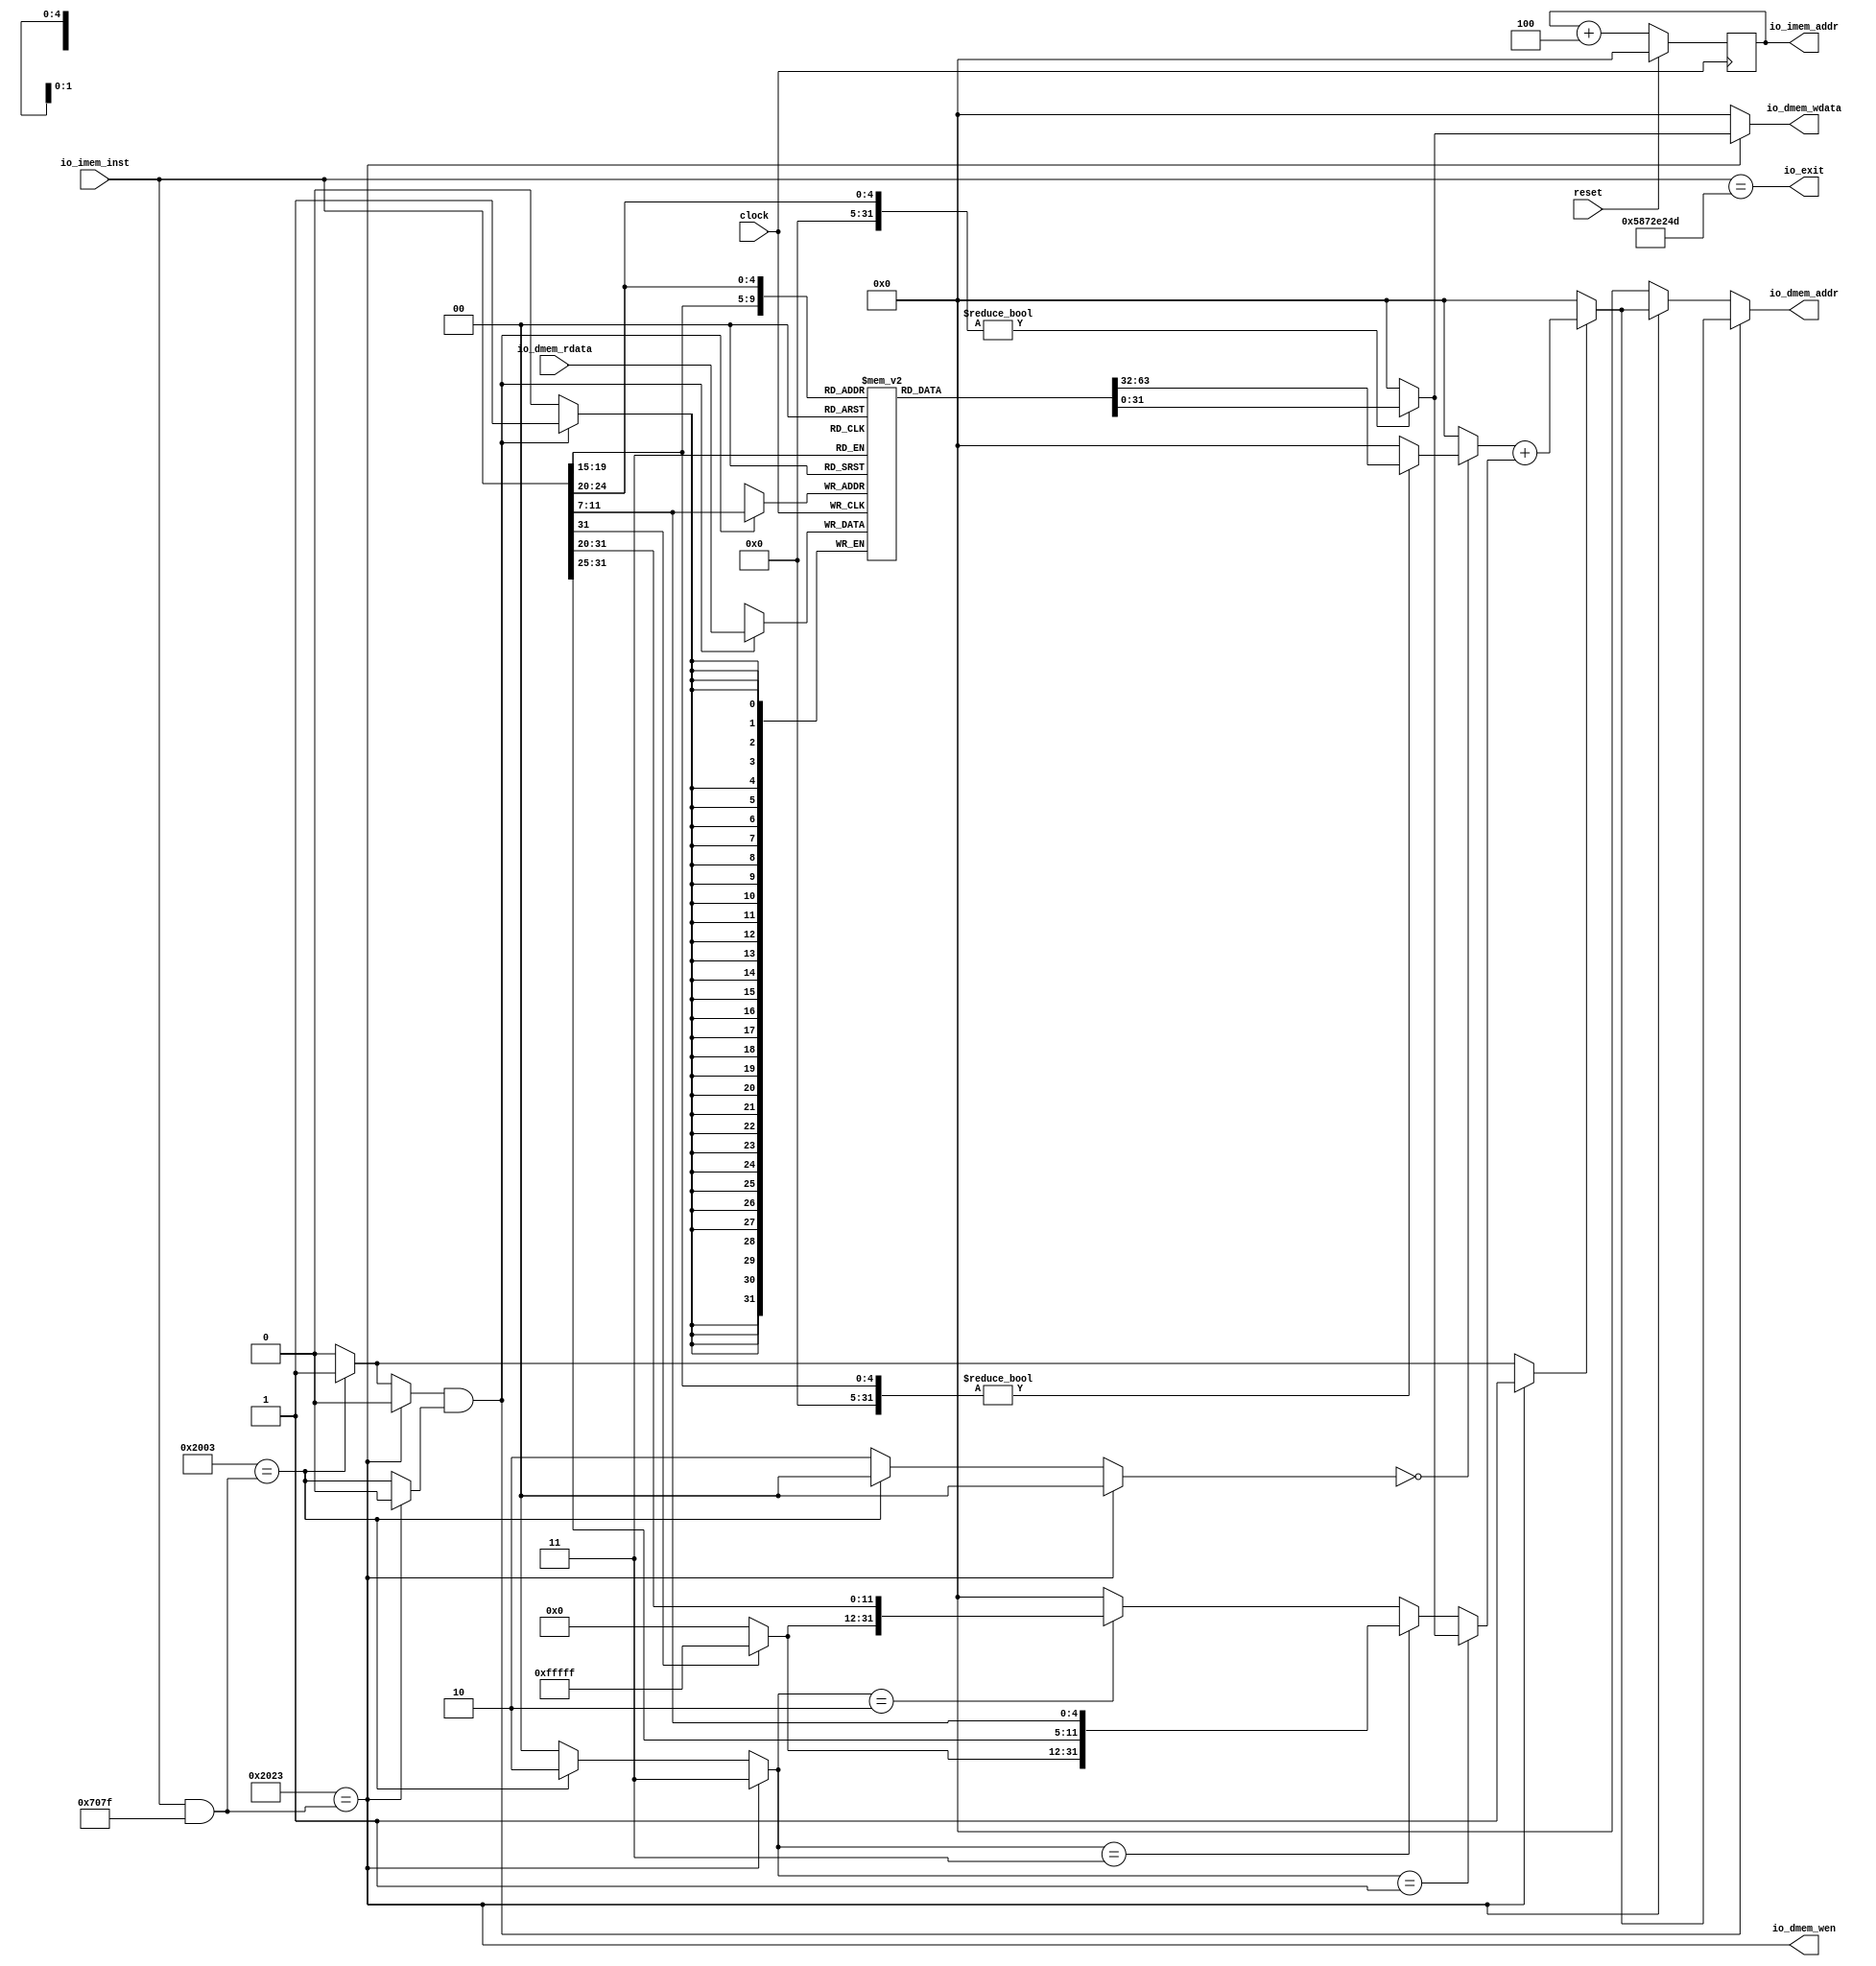
module Core(
  input         clock,
  input         reset,
  output [31:0] io_dmem_addr,
  input  [31:0] io_dmem_rdata,
  output        io_dmem_wen,
  output [31:0] io_dmem_wdata,
  output [31:0] io_imem_addr,
  input  [31:0] io_imem_inst,
  output        io_exit
);
`ifdef RANDOMIZE_MEM_INIT
  reg [31:0] _RAND_0;
`endif // RANDOMIZE_MEM_INIT
`ifdef RANDOMIZE_REG_INIT
  reg [31:0] _RAND_1;
`endif // RANDOMIZE_REG_INIT
  reg [31:0] regfile [0:31]; // @[Core.scala 15:22]
  wire  regfile_rs1_data_MPORT_en; // @[Core.scala 15:22]
  wire [4:0] regfile_rs1_data_MPORT_addr; // @[Core.scala 15:22]
  wire [31:0] regfile_rs1_data_MPORT_data; // @[Core.scala 15:22]
  wire  regfile_rs2_data_MPORT_en; // @[Core.scala 15:22]
  wire [4:0] regfile_rs2_data_MPORT_addr; // @[Core.scala 15:22]
  wire [31:0] regfile_rs2_data_MPORT_data; // @[Core.scala 15:22]
  wire [31:0] regfile_MPORT_data; // @[Core.scala 15:22]
  wire [4:0] regfile_MPORT_addr; // @[Core.scala 15:22]
  wire  regfile_MPORT_mask; // @[Core.scala 15:22]
  wire  regfile_MPORT_en; // @[Core.scala 15:22]
  reg [31:0] pc_reg; // @[Core.scala 18:25]
  wire [31:0] _pc_reg_T_1 = pc_reg + 32'h4; // @[Core.scala 23:23]
  wire [4:0] rs1_addr = io_imem_inst[19:15]; // @[Core.scala 29:24]
  wire [4:0] rs2_addr = io_imem_inst[24:20]; // @[Core.scala 30:24]
  wire [31:0] _GEN_9 = {{27'd0}, rs1_addr}; // @[Core.scala 31:34]
  wire [31:0] rs1_data = _GEN_9 != 32'h0 ? regfile_rs1_data_MPORT_data : 32'h0; // @[Core.scala 31:23]
  wire [31:0] _GEN_10 = {{27'd0}, rs2_addr}; // @[Core.scala 32:34]
  wire [31:0] rs2_data = _GEN_10 != 32'h0 ? regfile_rs2_data_MPORT_data : 32'h0; // @[Core.scala 32:23]
  wire [11:0] imm_s = {io_imem_inst[31:25],io_imem_inst[11:7]}; // @[Cat.scala 31:58]
  wire [19:0] _imm_s_sext_T_2 = imm_s[11] ? 20'hfffff : 20'h0; // @[Bitwise.scala 74:12]
  wire [31:0] imm_s_sext = {_imm_s_sext_T_2,io_imem_inst[31:25],io_imem_inst[11:7]}; // @[Cat.scala 31:58]
  wire [11:0] imm_i = io_imem_inst[31:20]; // @[Core.scala 35:21]
  wire [19:0] _imm_i_sext_T_2 = imm_i[11] ? 20'hfffff : 20'h0; // @[Bitwise.scala 74:12]
  wire [31:0] imm_i_sext = {_imm_i_sext_T_2,imm_i}; // @[Cat.scala 31:58]
  wire [31:0] _csignals_T = io_imem_inst & 32'h707f; // @[Lookup.scala 31:38]
  wire  csignals_3 = 32'h2023 == _csignals_T; // @[Lookup.scala 31:38]
  wire  _csignals_T_3 = 32'h2003 == _csignals_T; // @[Lookup.scala 31:38]
  wire [4:0] _csignals_T_4 = _csignals_T_3 ? 5'h1 : 5'h0; // @[Lookup.scala 34:39]
  wire [4:0] csignals_0 = csignals_3 ? 5'h1 : _csignals_T_4; // @[Lookup.scala 34:39]
  wire [1:0] _csignals_T_5 = _csignals_T_3 ? 2'h0 : 2'h2; // @[Lookup.scala 34:39]
  wire [1:0] csignals_1 = csignals_3 ? 2'h0 : _csignals_T_5; // @[Lookup.scala 34:39]
  wire [1:0] _csignals_T_6 = _csignals_T_3 ? 2'h2 : 2'h0; // @[Lookup.scala 34:39]
  wire [1:0] csignals_2 = csignals_3 ? 2'h3 : _csignals_T_6; // @[Lookup.scala 34:39]
  wire  csignals_4 = csignals_3 ? 1'h0 : _csignals_T_3; // @[Lookup.scala 34:39]
  wire [2:0] _csignals_T_9 = _csignals_T_3 ? 3'h1 : 3'h0; // @[Lookup.scala 34:39]
  wire [2:0] csignals_5 = csignals_3 ? 3'h0 : _csignals_T_9; // @[Lookup.scala 34:39]
  wire  _op1_data_T = csignals_1 == 2'h0; // @[Core.scala 50:18]
  wire [31:0] op1_data = _op1_data_T ? rs1_data : 32'h0; // @[Mux.scala 101:16]
  wire  _op2_data_T = csignals_2 == 2'h1; // @[Core.scala 55:22]
  wire  _op2_data_T_1 = csignals_2 == 2'h3; // @[Core.scala 56:22]
  wire  _op2_data_T_2 = csignals_2 == 2'h2; // @[Core.scala 57:22]
  wire [31:0] _op2_data_T_3 = _op2_data_T_2 ? imm_i_sext : 32'h0; // @[Mux.scala 101:16]
  wire [31:0] _op2_data_T_4 = _op2_data_T_1 ? imm_s_sext : _op2_data_T_3; // @[Mux.scala 101:16]
  wire [31:0] op2_data = _op2_data_T ? rs2_data : _op2_data_T_4; // @[Mux.scala 101:16]
  wire  _alu_out_T = csignals_0 == 5'h1; // @[Core.scala 64:22]
  wire [31:0] _alu_out_T_2 = op1_data + op2_data; // @[Core.scala 64:48]
  wire [31:0] alu_out = _alu_out_T ? _alu_out_T_2 : 32'h0; // @[Mux.scala 101:16]
  wire [31:0] _GEN_1 = csignals_3 ? alu_out : 32'h0; // @[Core.scala 21:18 69:28 71:21]
  wire  _T_1 = csignals_5 == 3'h1; // @[Core.scala 76:17]
  wire  _T_5 = ~reset; // @[Core.scala 87:11]
  assign regfile_rs1_data_MPORT_en = 1'h1;
  assign regfile_rs1_data_MPORT_addr = io_imem_inst[19:15];
  assign regfile_rs1_data_MPORT_data = regfile[regfile_rs1_data_MPORT_addr]; // @[Core.scala 15:22]
  assign regfile_rs2_data_MPORT_en = 1'h1;
  assign regfile_rs2_data_MPORT_addr = io_imem_inst[24:20];
  assign regfile_rs2_data_MPORT_data = regfile[regfile_rs2_data_MPORT_addr]; // @[Core.scala 15:22]
  assign regfile_MPORT_data = io_dmem_rdata;
  assign regfile_MPORT_addr = io_imem_inst[11:7];
  assign regfile_MPORT_mask = 1'h1;
  assign regfile_MPORT_en = _T_1 & csignals_4;
  assign io_dmem_addr = csignals_5 == 3'h1 & csignals_4 ? alu_out : _GEN_1; // @[Core.scala 76:48 77:22]
  assign io_dmem_wen = 32'h2023 == _csignals_T; // @[Lookup.scala 31:38]
  assign io_dmem_wdata = csignals_3 ? rs2_data : 32'h0; // @[Core.scala 19:19 69:28 72:23]
  assign io_imem_addr = pc_reg; // @[Core.scala 25:18]
  assign io_exit = io_imem_inst == 32'h5872e24d; // @[Core.scala 86:22]
  always @(posedge clock) begin
    if (regfile_MPORT_en & regfile_MPORT_mask) begin
      regfile[regfile_MPORT_addr] <= regfile_MPORT_data; // @[Core.scala 15:22]
    end
    if (reset) begin // @[Core.scala 18:25]
      pc_reg <= 32'h0; // @[Core.scala 18:25]
    end else begin
      pc_reg <= _pc_reg_T_1; // @[Core.scala 23:13]
    end
    `ifndef SYNTHESIS
    `ifdef PRINTF_COND
      if (`PRINTF_COND) begin
    `endif
        if (~reset) begin
          $fwrite(32'h80000002,"pc_reg : 0x%x\n",pc_reg); // @[Core.scala 87:11]
        end
    `ifdef PRINTF_COND
      end
    `endif
    `endif // SYNTHESIS
    `ifndef SYNTHESIS
    `ifdef PRINTF_COND
      if (`PRINTF_COND) begin
    `endif
        if (_T_5) begin
          $fwrite(32'h80000002,"inst : 0x%x\n",io_imem_inst); // @[Core.scala 90:11]
        end
    `ifdef PRINTF_COND
      end
    `endif
    `endif // SYNTHESIS
    `ifndef SYNTHESIS
    `ifdef PRINTF_COND
      if (`PRINTF_COND) begin
    `endif
        if (_T_5) begin
          $fwrite(32'h80000002,"--------\n"); // @[Core.scala 91:11]
        end
    `ifdef PRINTF_COND
      end
    `endif
    `endif // SYNTHESIS
  end
// Register and memory initialization
`ifdef RANDOMIZE_GARBAGE_ASSIGN
`define RANDOMIZE
`endif
`ifdef RANDOMIZE_INVALID_ASSIGN
`define RANDOMIZE
`endif
`ifdef RANDOMIZE_REG_INIT
`define RANDOMIZE
`endif
`ifdef RANDOMIZE_MEM_INIT
`define RANDOMIZE
`endif
`ifndef RANDOM
`define RANDOM $random
`endif
`ifdef RANDOMIZE_MEM_INIT
  integer initvar;
`endif
`ifndef SYNTHESIS
`ifdef FIRRTL_BEFORE_INITIAL
`FIRRTL_BEFORE_INITIAL
`endif
initial begin
  `ifdef RANDOMIZE
    `ifdef INIT_RANDOM
      `INIT_RANDOM
    `endif
    `ifndef VERILATOR
      `ifdef RANDOMIZE_DELAY
        #`RANDOMIZE_DELAY begin end
      `else
        #0.002 begin end
      `endif
    `endif
`ifdef RANDOMIZE_MEM_INIT
  _RAND_0 = {1{`RANDOM}};
  for (initvar = 0; initvar < 32; initvar = initvar+1)
    regfile[initvar] = _RAND_0[31:0];
`endif // RANDOMIZE_MEM_INIT
`ifdef RANDOMIZE_REG_INIT
  _RAND_1 = {1{`RANDOM}};
  pc_reg = _RAND_1[31:0];
`endif // RANDOMIZE_REG_INIT
  `endif // RANDOMIZE
end // initial
`ifdef FIRRTL_AFTER_INITIAL
`FIRRTL_AFTER_INITIAL
`endif
`endif // SYNTHESIS
endmodule
module Memory(
  input         clock,
  input  [31:0] io_imem_addr,
  output [31:0] io_imem_inst,
  input  [31:0] io_dmem_addr,
  output [31:0] io_dmem_rdata,
  input         io_dmem_wen,
  input  [31:0] io_dmem_wdata
);
`ifdef RANDOMIZE_MEM_INIT
  reg [31:0] _RAND_0;
`endif // RANDOMIZE_MEM_INIT
  reg [7:0] mem [0:16383]; // @[Memory.scala 25:18]
  wire  mem_io_imem_inst_MPORT_en; // @[Memory.scala 25:18]
  wire [13:0] mem_io_imem_inst_MPORT_addr; // @[Memory.scala 25:18]
  wire [7:0] mem_io_imem_inst_MPORT_data; // @[Memory.scala 25:18]
  wire  mem_io_imem_inst_MPORT_1_en; // @[Memory.scala 25:18]
  wire [13:0] mem_io_imem_inst_MPORT_1_addr; // @[Memory.scala 25:18]
  wire [7:0] mem_io_imem_inst_MPORT_1_data; // @[Memory.scala 25:18]
  wire  mem_io_imem_inst_MPORT_2_en; // @[Memory.scala 25:18]
  wire [13:0] mem_io_imem_inst_MPORT_2_addr; // @[Memory.scala 25:18]
  wire [7:0] mem_io_imem_inst_MPORT_2_data; // @[Memory.scala 25:18]
  wire  mem_io_imem_inst_MPORT_3_en; // @[Memory.scala 25:18]
  wire [13:0] mem_io_imem_inst_MPORT_3_addr; // @[Memory.scala 25:18]
  wire [7:0] mem_io_imem_inst_MPORT_3_data; // @[Memory.scala 25:18]
  wire  mem_io_dmem_rdata_MPORT_en; // @[Memory.scala 25:18]
  wire [13:0] mem_io_dmem_rdata_MPORT_addr; // @[Memory.scala 25:18]
  wire [7:0] mem_io_dmem_rdata_MPORT_data; // @[Memory.scala 25:18]
  wire  mem_io_dmem_rdata_MPORT_1_en; // @[Memory.scala 25:18]
  wire [13:0] mem_io_dmem_rdata_MPORT_1_addr; // @[Memory.scala 25:18]
  wire [7:0] mem_io_dmem_rdata_MPORT_1_data; // @[Memory.scala 25:18]
  wire  mem_io_dmem_rdata_MPORT_2_en; // @[Memory.scala 25:18]
  wire [13:0] mem_io_dmem_rdata_MPORT_2_addr; // @[Memory.scala 25:18]
  wire [7:0] mem_io_dmem_rdata_MPORT_2_data; // @[Memory.scala 25:18]
  wire  mem_io_dmem_rdata_MPORT_3_en; // @[Memory.scala 25:18]
  wire [13:0] mem_io_dmem_rdata_MPORT_3_addr; // @[Memory.scala 25:18]
  wire [7:0] mem_io_dmem_rdata_MPORT_3_data; // @[Memory.scala 25:18]
  wire [7:0] mem_MPORT_data; // @[Memory.scala 25:18]
  wire [13:0] mem_MPORT_addr; // @[Memory.scala 25:18]
  wire  mem_MPORT_mask; // @[Memory.scala 25:18]
  wire  mem_MPORT_en; // @[Memory.scala 25:18]
  wire [7:0] mem_MPORT_1_data; // @[Memory.scala 25:18]
  wire [13:0] mem_MPORT_1_addr; // @[Memory.scala 25:18]
  wire  mem_MPORT_1_mask; // @[Memory.scala 25:18]
  wire  mem_MPORT_1_en; // @[Memory.scala 25:18]
  wire [7:0] mem_MPORT_2_data; // @[Memory.scala 25:18]
  wire [13:0] mem_MPORT_2_addr; // @[Memory.scala 25:18]
  wire  mem_MPORT_2_mask; // @[Memory.scala 25:18]
  wire  mem_MPORT_2_en; // @[Memory.scala 25:18]
  wire [7:0] mem_MPORT_3_data; // @[Memory.scala 25:18]
  wire [13:0] mem_MPORT_3_addr; // @[Memory.scala 25:18]
  wire  mem_MPORT_3_mask; // @[Memory.scala 25:18]
  wire  mem_MPORT_3_en; // @[Memory.scala 25:18]
  wire [31:0] _io_imem_inst_T_1 = io_imem_addr + 32'h3; // @[Memory.scala 30:22]
  wire [31:0] _io_imem_inst_T_4 = io_imem_addr + 32'h2; // @[Memory.scala 31:22]
  wire [31:0] _io_imem_inst_T_7 = io_imem_addr + 32'h1; // @[Memory.scala 32:22]
  wire [15:0] io_imem_inst_lo = {mem_io_imem_inst_MPORT_2_data,mem_io_imem_inst_MPORT_3_data}; // @[Cat.scala 31:58]
  wire [15:0] io_imem_inst_hi = {mem_io_imem_inst_MPORT_data,mem_io_imem_inst_MPORT_1_data}; // @[Cat.scala 31:58]
  wire [31:0] _io_dmem_rdata_T_1 = io_dmem_addr + 32'h3; // @[Memory.scala 36:22]
  wire [31:0] _io_dmem_rdata_T_4 = io_dmem_addr + 32'h2; // @[Memory.scala 37:22]
  wire [31:0] _io_dmem_rdata_T_7 = io_dmem_addr + 32'h1; // @[Memory.scala 38:22]
  wire [15:0] io_dmem_rdata_lo = {mem_io_dmem_rdata_MPORT_2_data,mem_io_dmem_rdata_MPORT_3_data}; // @[Cat.scala 31:58]
  wire [15:0] io_dmem_rdata_hi = {mem_io_dmem_rdata_MPORT_data,mem_io_dmem_rdata_MPORT_1_data}; // @[Cat.scala 31:58]
  assign mem_io_imem_inst_MPORT_en = 1'h1;
  assign mem_io_imem_inst_MPORT_addr = _io_imem_inst_T_1[13:0];
  assign mem_io_imem_inst_MPORT_data = mem[mem_io_imem_inst_MPORT_addr]; // @[Memory.scala 25:18]
  assign mem_io_imem_inst_MPORT_1_en = 1'h1;
  assign mem_io_imem_inst_MPORT_1_addr = _io_imem_inst_T_4[13:0];
  assign mem_io_imem_inst_MPORT_1_data = mem[mem_io_imem_inst_MPORT_1_addr]; // @[Memory.scala 25:18]
  assign mem_io_imem_inst_MPORT_2_en = 1'h1;
  assign mem_io_imem_inst_MPORT_2_addr = _io_imem_inst_T_7[13:0];
  assign mem_io_imem_inst_MPORT_2_data = mem[mem_io_imem_inst_MPORT_2_addr]; // @[Memory.scala 25:18]
  assign mem_io_imem_inst_MPORT_3_en = 1'h1;
  assign mem_io_imem_inst_MPORT_3_addr = io_imem_addr[13:0];
  assign mem_io_imem_inst_MPORT_3_data = mem[mem_io_imem_inst_MPORT_3_addr]; // @[Memory.scala 25:18]
  assign mem_io_dmem_rdata_MPORT_en = 1'h1;
  assign mem_io_dmem_rdata_MPORT_addr = _io_dmem_rdata_T_1[13:0];
  assign mem_io_dmem_rdata_MPORT_data = mem[mem_io_dmem_rdata_MPORT_addr]; // @[Memory.scala 25:18]
  assign mem_io_dmem_rdata_MPORT_1_en = 1'h1;
  assign mem_io_dmem_rdata_MPORT_1_addr = _io_dmem_rdata_T_4[13:0];
  assign mem_io_dmem_rdata_MPORT_1_data = mem[mem_io_dmem_rdata_MPORT_1_addr]; // @[Memory.scala 25:18]
  assign mem_io_dmem_rdata_MPORT_2_en = 1'h1;
  assign mem_io_dmem_rdata_MPORT_2_addr = _io_dmem_rdata_T_7[13:0];
  assign mem_io_dmem_rdata_MPORT_2_data = mem[mem_io_dmem_rdata_MPORT_2_addr]; // @[Memory.scala 25:18]
  assign mem_io_dmem_rdata_MPORT_3_en = 1'h1;
  assign mem_io_dmem_rdata_MPORT_3_addr = io_dmem_addr[13:0];
  assign mem_io_dmem_rdata_MPORT_3_data = mem[mem_io_dmem_rdata_MPORT_3_addr]; // @[Memory.scala 25:18]
  assign mem_MPORT_data = io_dmem_wdata[7:0];
  assign mem_MPORT_addr = io_dmem_addr[13:0];
  assign mem_MPORT_mask = 1'h1;
  assign mem_MPORT_en = io_dmem_wen;
  assign mem_MPORT_1_data = io_dmem_wdata[15:8];
  assign mem_MPORT_1_addr = _io_dmem_rdata_T_7[13:0];
  assign mem_MPORT_1_mask = 1'h1;
  assign mem_MPORT_1_en = io_dmem_wen;
  assign mem_MPORT_2_data = io_dmem_wdata[23:16];
  assign mem_MPORT_2_addr = _io_dmem_rdata_T_4[13:0];
  assign mem_MPORT_2_mask = 1'h1;
  assign mem_MPORT_2_en = io_dmem_wen;
  assign mem_MPORT_3_data = io_dmem_wdata[31:24];
  assign mem_MPORT_3_addr = _io_dmem_rdata_T_1[13:0];
  assign mem_MPORT_3_mask = 1'h1;
  assign mem_MPORT_3_en = io_dmem_wen;
  assign io_imem_inst = {io_imem_inst_hi,io_imem_inst_lo}; // @[Cat.scala 31:58]
  assign io_dmem_rdata = {io_dmem_rdata_hi,io_dmem_rdata_lo}; // @[Cat.scala 31:58]
  always @(posedge clock) begin
    if (mem_MPORT_en & mem_MPORT_mask) begin
      mem[mem_MPORT_addr] <= mem_MPORT_data; // @[Memory.scala 25:18]
    end
    if (mem_MPORT_1_en & mem_MPORT_1_mask) begin
      mem[mem_MPORT_1_addr] <= mem_MPORT_1_data; // @[Memory.scala 25:18]
    end
    if (mem_MPORT_2_en & mem_MPORT_2_mask) begin
      mem[mem_MPORT_2_addr] <= mem_MPORT_2_data; // @[Memory.scala 25:18]
    end
    if (mem_MPORT_3_en & mem_MPORT_3_mask) begin
      mem[mem_MPORT_3_addr] <= mem_MPORT_3_data; // @[Memory.scala 25:18]
    end
  end
// Register and memory initialization
`ifdef RANDOMIZE_GARBAGE_ASSIGN
`define RANDOMIZE
`endif
`ifdef RANDOMIZE_INVALID_ASSIGN
`define RANDOMIZE
`endif
`ifdef RANDOMIZE_REG_INIT
`define RANDOMIZE
`endif
`ifdef RANDOMIZE_MEM_INIT
`define RANDOMIZE
`endif
`ifndef RANDOM
`define RANDOM $random
`endif
`ifdef RANDOMIZE_MEM_INIT
  integer initvar;
`endif
`ifndef SYNTHESIS
`ifdef FIRRTL_BEFORE_INITIAL
`FIRRTL_BEFORE_INITIAL
`endif
initial begin
  `ifdef RANDOMIZE
    `ifdef INIT_RANDOM
      `INIT_RANDOM
    `endif
    `ifndef VERILATOR
      `ifdef RANDOMIZE_DELAY
        #`RANDOMIZE_DELAY begin end
      `else
        #0.002 begin end
      `endif
    `endif
`ifdef RANDOMIZE_MEM_INIT
  _RAND_0 = {1{`RANDOM}};
  for (initvar = 0; initvar < 16384; initvar = initvar+1)
    mem[initvar] = _RAND_0[7:0];
`endif // RANDOMIZE_MEM_INIT
  `endif // RANDOMIZE
end // initial
`ifdef FIRRTL_AFTER_INITIAL
`FIRRTL_AFTER_INITIAL
`endif
`endif // SYNTHESIS
endmodule
module Top(
  input   clock,
  input   reset,
  output  io_exit
);
  wire  core_clock; // @[Top.scala 12:20]
  wire  core_reset; // @[Top.scala 12:20]
  wire [31:0] core_io_dmem_addr; // @[Top.scala 12:20]
  wire [31:0] core_io_dmem_rdata; // @[Top.scala 12:20]
  wire  core_io_dmem_wen; // @[Top.scala 12:20]
  wire [31:0] core_io_dmem_wdata; // @[Top.scala 12:20]
  wire [31:0] core_io_imem_addr; // @[Top.scala 12:20]
  wire [31:0] core_io_imem_inst; // @[Top.scala 12:20]
  wire  core_io_exit; // @[Top.scala 12:20]
  wire  memory_clock; // @[Top.scala 13:22]
  wire [31:0] memory_io_imem_addr; // @[Top.scala 13:22]
  wire [31:0] memory_io_imem_inst; // @[Top.scala 13:22]
  wire [31:0] memory_io_dmem_addr; // @[Top.scala 13:22]
  wire [31:0] memory_io_dmem_rdata; // @[Top.scala 13:22]
  wire  memory_io_dmem_wen; // @[Top.scala 13:22]
  wire [31:0] memory_io_dmem_wdata; // @[Top.scala 13:22]
  Core core ( // @[Top.scala 12:20]
    .clock(core_clock),
    .reset(core_reset),
    .io_dmem_addr(core_io_dmem_addr),
    .io_dmem_rdata(core_io_dmem_rdata),
    .io_dmem_wen(core_io_dmem_wen),
    .io_dmem_wdata(core_io_dmem_wdata),
    .io_imem_addr(core_io_imem_addr),
    .io_imem_inst(core_io_imem_inst),
    .io_exit(core_io_exit)
  );
  Memory memory ( // @[Top.scala 13:22]
    .clock(memory_clock),
    .io_imem_addr(memory_io_imem_addr),
    .io_imem_inst(memory_io_imem_inst),
    .io_dmem_addr(memory_io_dmem_addr),
    .io_dmem_rdata(memory_io_dmem_rdata),
    .io_dmem_wen(memory_io_dmem_wen),
    .io_dmem_wdata(memory_io_dmem_wdata)
  );
  assign io_exit = core_io_exit; // @[Top.scala 16:11]
  assign core_clock = clock;
  assign core_reset = reset;
  assign core_io_dmem_rdata = memory_io_dmem_rdata; // @[Top.scala 15:16]
  assign core_io_imem_inst = memory_io_imem_inst; // @[Top.scala 14:16]
  assign memory_clock = clock;
  assign memory_io_imem_addr = core_io_imem_addr; // @[Top.scala 14:16]
  assign memory_io_dmem_addr = core_io_dmem_addr; // @[Top.scala 15:16]
  assign memory_io_dmem_wen = core_io_dmem_wen; // @[Top.scala 15:16]
  assign memory_io_dmem_wdata = core_io_dmem_wdata; // @[Top.scala 15:16]
endmodule